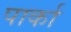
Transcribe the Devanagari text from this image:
पार्का